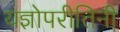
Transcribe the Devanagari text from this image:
यज्ञोपरीतिनी